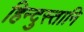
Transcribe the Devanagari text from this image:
हिन्दुस्तानि